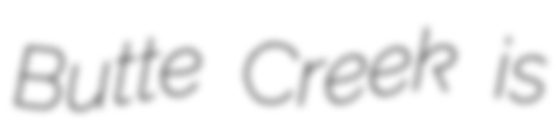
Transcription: Butte Creek is